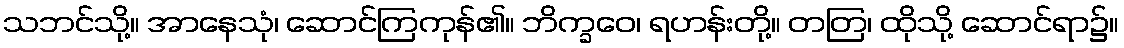
သဘင်သို့။ အာနေသုံ၊ ဆောင်ကြကုန်၏။ ဘိက္ခဝေ၊ ရဟန်းတို့။ တတြ၊ ထိုသို့ ဆောင်ရာ၌။